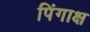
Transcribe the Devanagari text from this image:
पिंगाक्ष